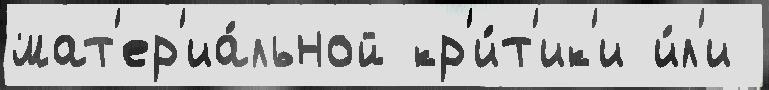
мат'ер'иа́льной кр'и́т'ик'и и́л'и